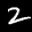
Label: 2